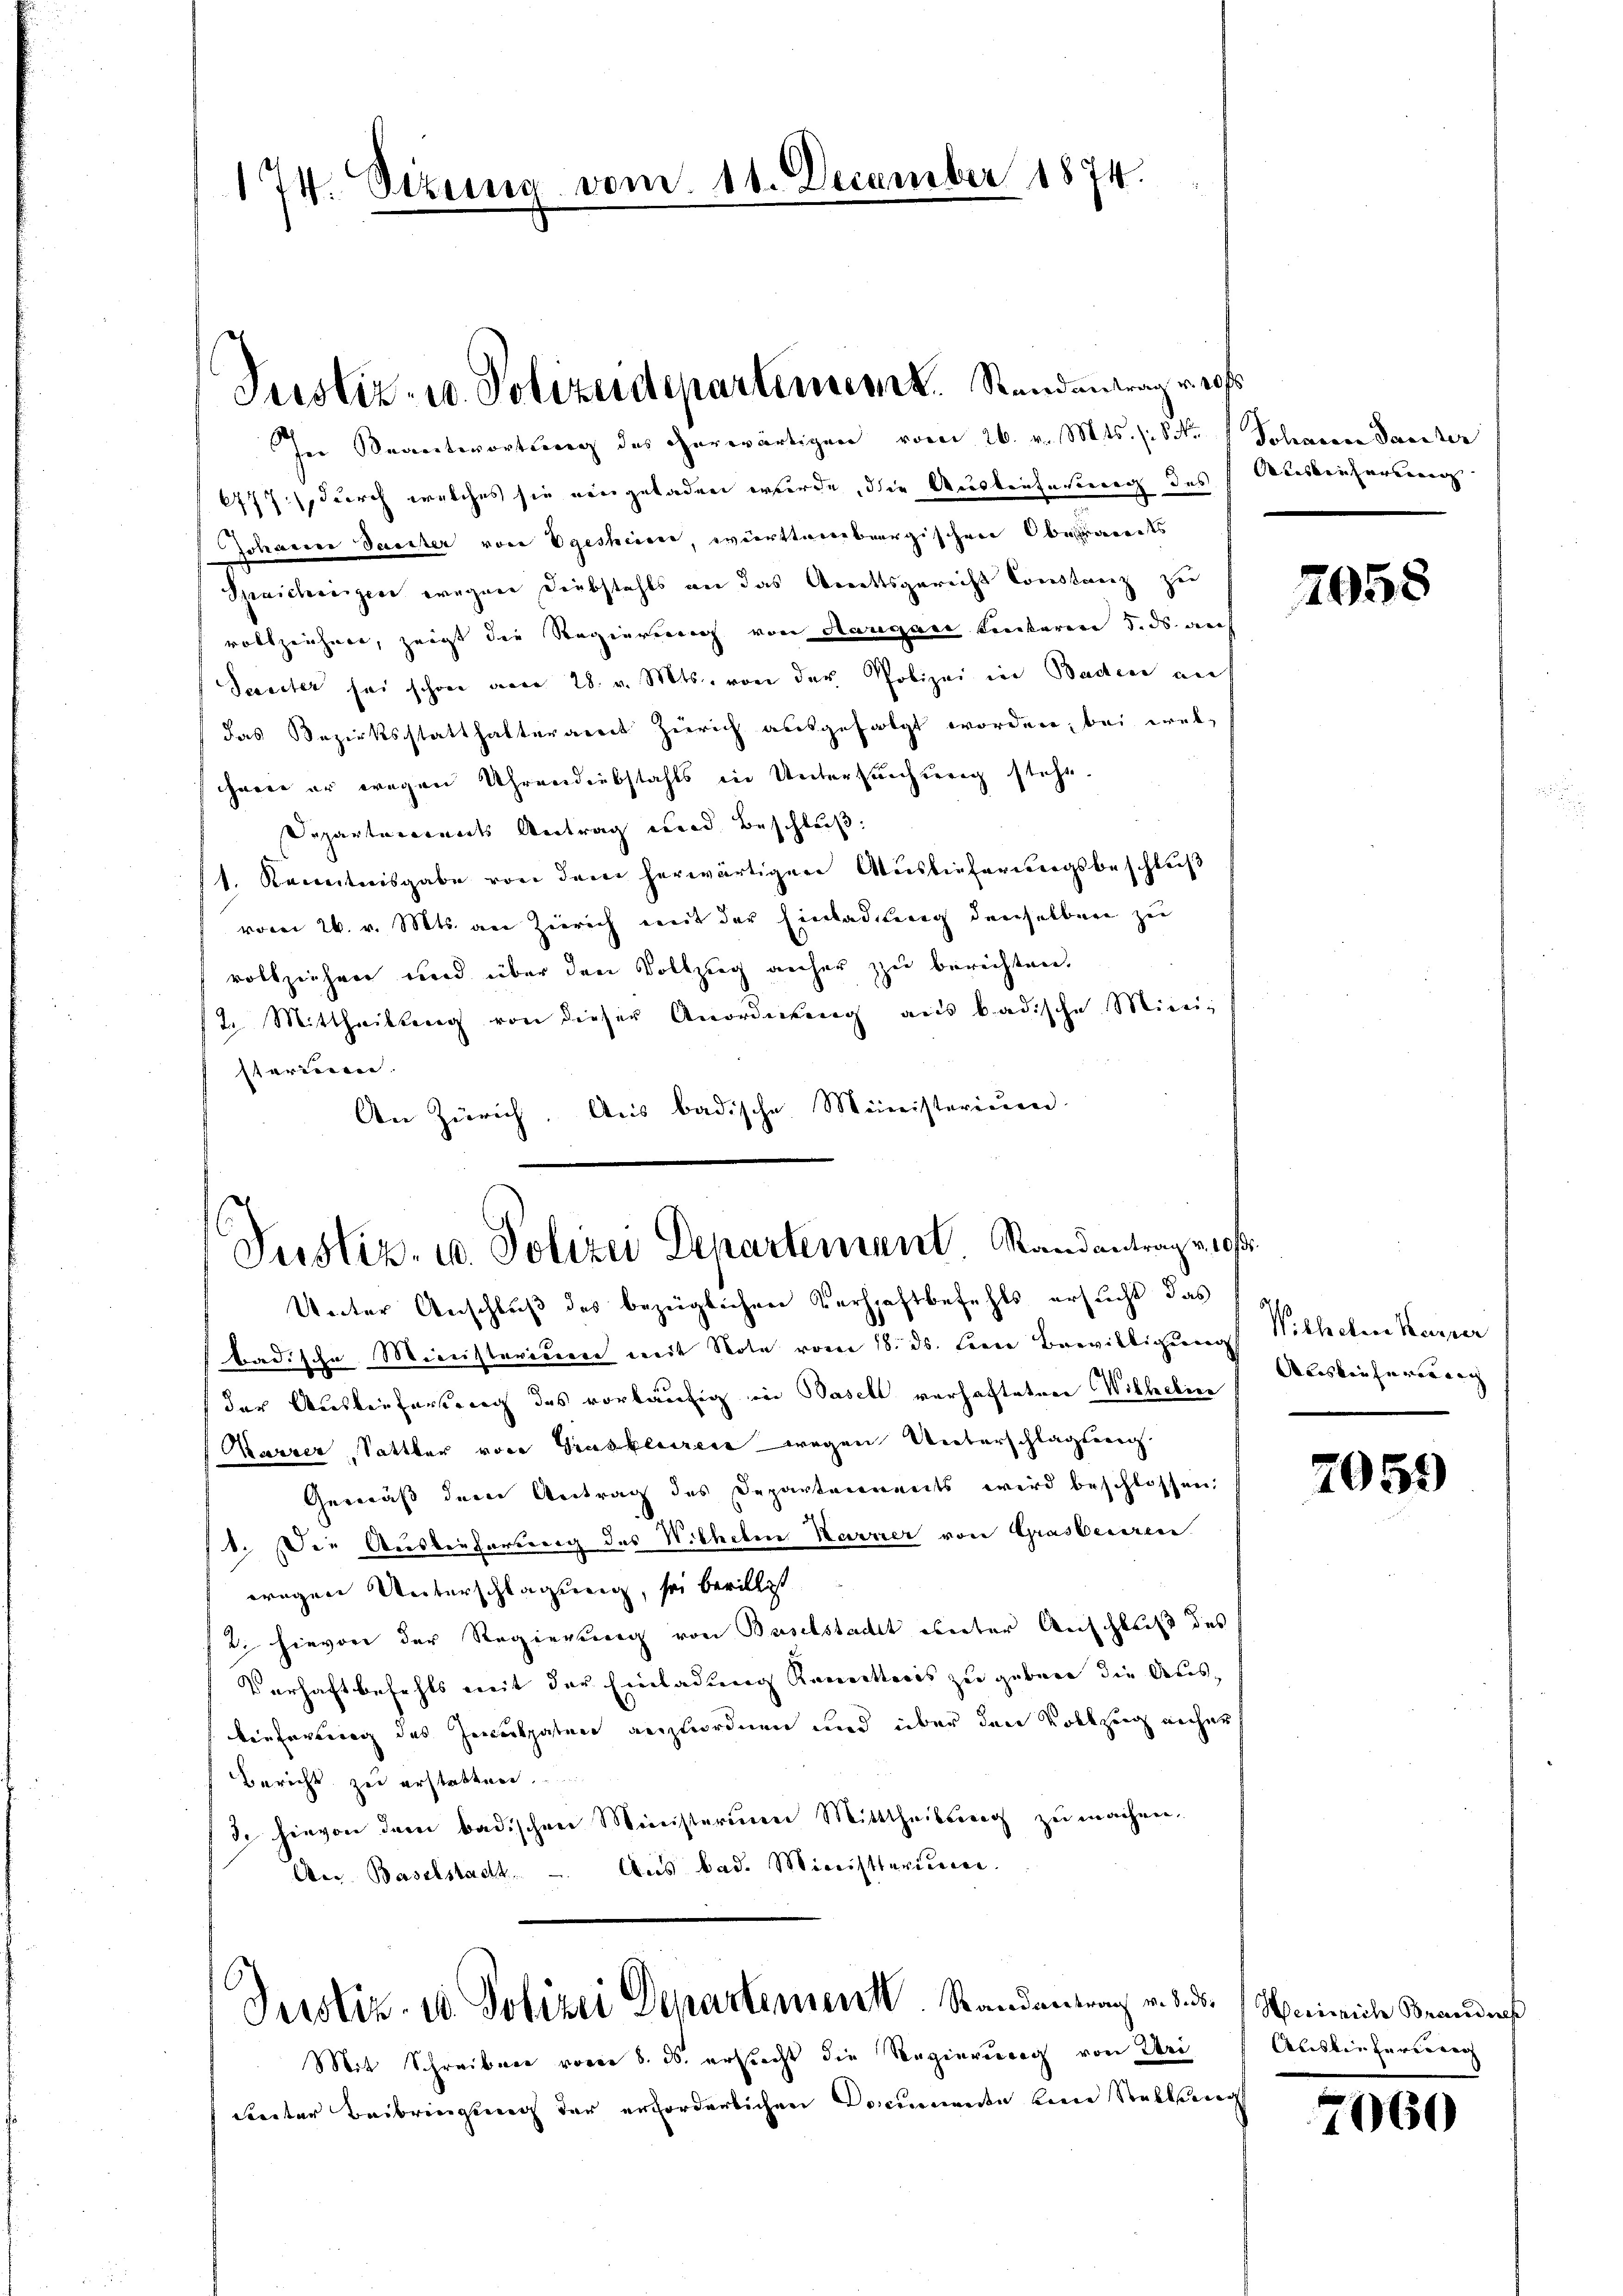
174. Stzung vom 11. December 1874.

In Beantwortung des cherwärtigen vom 26. v. Mts. (: St
6777, durch welches sie eingeladen wurde, die Auslieferung des Ausbeiterung
Johannen Pariter von Egesheien, württembergischen Oberraients
Spaicherigen wegen Diebstahls an das Amtsgericht Constanz zu
voltzeichnen, zeigt die Regierung von Aargau hinteren 5. ds. auf
Secreter sei schon aber 28. v. Mts. von der Polizei in Baden auf
das Bezirksstatthalteramt Zürich ausgefolgt worden, bei welcheere er wegen Uhrendiebstahls in Untersuchung stehe.
Departerrents Antrag und Beschluß:
1. Kenntnisgabe von dem herwärtigen Auslieferungsbeschluß
vom 26. v. Mts. an Zürich mit der Einladung demselben zu
vollziehen und über den Vollzug anher zu berichten.
17. Mittheilung von dieser Anordnung aus badische Mini-
sterinnen.
An Zürich. Aus badische Ministerium

Justiz- u. Polizeidepartement. Stundentrag gross

Justiz- u. Polizei Departement Randantragen

Unter Anschluß des bezüglichen Verhaftbefehls ersucht das
badische Ministerium mit Note vom 18. ds. Leere Bewilligung Wilhelm Karper
der Auslieferung des vorläufig in Basell verhafteten Wilhelic
Karrer, Sattler von Grastlereie wegen Unterschlagung
Gemäß dem Antrag des Departements wird beschlossen
1. Die Auslieferung des Wilhelm Harrier von Grasberiren
wegen Unterschlagung, sei bewilligt
2. hievon der Regierung von Baselstadt unter Anschluß des
Verhaftbefehls mit der Einladung Konrittoris zu gebene die Ausbieferung des Inculpaten anzuordnen und über den Vollzug nichen
Bericht zu erstatten.
3 hievon dem badischen Ministerium Mittheilung zu machen.
Aus bad. Ministtariieren
An Baselstadts.

Justiz- u. Polizei Departement. Standentrag v. 3. ds. Heinrich Branders

d

Mit Schreiben vom 8. ds. erstrecht die Regierung von Dri
cereter Beibringung der erforderlichen Documente bene Stellung

Polarere Peroester

7058

Abesken fürer auch |

7059

Auslieferenann

2060